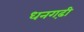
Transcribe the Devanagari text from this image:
धनगढ़ी